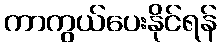
ကာကွယ်ပေးနိုင်ရန်